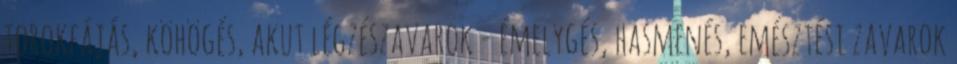
torokfájás, köhögés, akut légzészavarok - émelygés, hasmenés, emésztési zavarok